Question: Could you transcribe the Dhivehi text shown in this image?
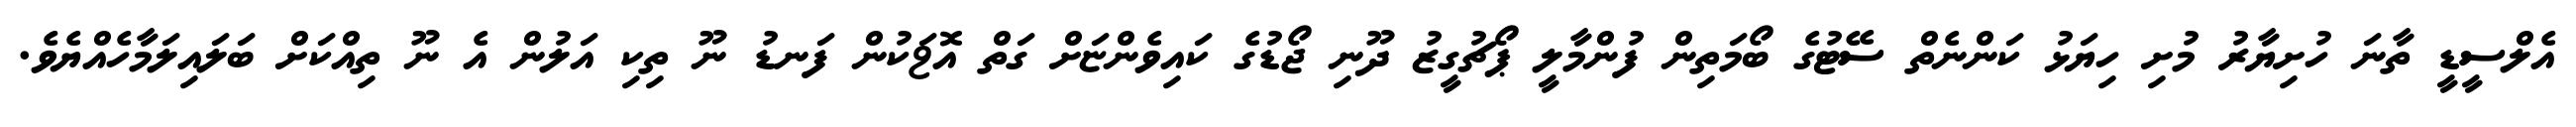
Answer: އެލްސީޑީ ތާނަ ހުށިޔާރު މުށި ހިޔަޅު ކަންނެތް ސޭޓުގެ ބޯމަތިން ފުންމާލީ ޕޯޗުގީޒު ދޫނި ޖޯޑުގެ ކައިވެންޏަށް ގަތް އޮޱަކުން ފަނޑު ނޫ ތިކި އަލުން އެ ނޫ ތިއްކަށް ބަލައިލަމާހެއްޔެވެ.